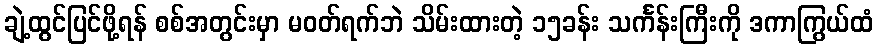
ချဲ့ထွင်ပြင်ဖို့ရန် စစ်အတွင်းမှာ မဝတ်ရက်ဘဲ သိမ်းထားတဲ့ ၁၅ခန်း သင်္ကန်းကြီးကို ဒကာကြွယ်ထံ